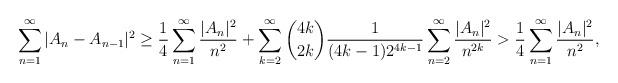
LaTeX: \begin{align*}{}\displaystyle\sum_{n=1}^{\infty}| A_n-A_{n-1}|^{2}&\geq\frac{1}{4}\displaystyle\sum_{n=1}^{\infty} \frac{| A_n|^{2}}{n^{2}}+\displaystyle\sum_{k=2}^{\infty}\binom{4k}{2k}\frac{1}{(4k-1)2^{4k-1}}\displaystyle\sum_{n=2}^{\infty}\frac{|A_n|^{2}}{n^{2k}}>\frac{1}{4}\displaystyle\sum_{n=1}^{\infty} \frac{|A_n|^{2}}{n^{2}},\end{align*}